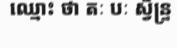
ឈ្មោះ ថា តៈ បៈ ស្វិន្ទ្រ